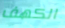
الكهف